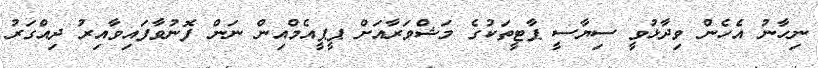
ނިހާނު އެހެން ވިދާޅުވީ ސިޔާސީ ޕާޓީތަކުގެ މަޝްވަރާއަށް ޕީޕީއެމްއިން ނަން ފޮނުވާފައިވާއިރު ދިއްގަރު